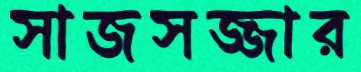
সাজসজ্জার